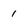
Character: 1